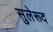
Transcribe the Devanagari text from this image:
सुलेरूद